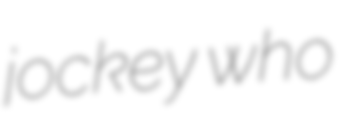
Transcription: jockey who